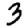
Digit: 3